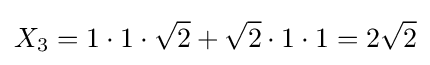
X_{3}=1\cdot 1\cdot {\sqrt {2}}+{\sqrt {2}}\cdot 1\cdot 1=2{\sqrt {2}}